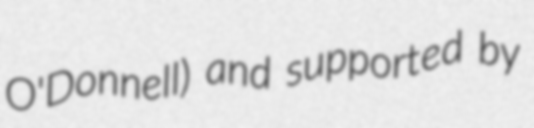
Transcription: O'Donnell) and supported by